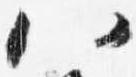
八